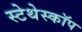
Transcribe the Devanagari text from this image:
स्‍टेथेस्‍कॉप